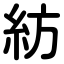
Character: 紡